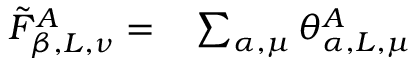
\begin{array} { r l } { \tilde { F } _ { \beta , L , \nu } ^ { A } = } & { { } \sum _ { \alpha , \mu } \theta _ { \alpha , L , \mu } ^ { A } } \end{array}